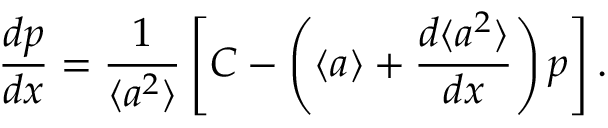
\frac { d p } { d x } = \frac { 1 } { \langle a ^ { 2 } \rangle } \left[ C - \left( \langle a \rangle + \frac { d \langle a ^ { 2 } \rangle } { d x } \right) p \right] .